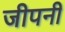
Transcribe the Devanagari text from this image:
जीपनी